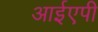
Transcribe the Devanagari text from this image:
आईएपी